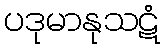
ပဒုမာနုသဋံ